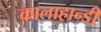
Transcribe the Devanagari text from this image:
कालाहान्डी